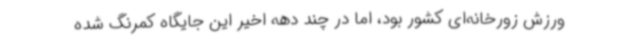
ورزش‌ زورخانه‌ای کشور بود، اما در چند دهه اخیر این جایگاه کمرنگ شده